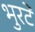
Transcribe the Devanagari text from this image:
भुरटे